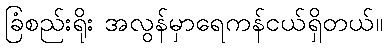
ခြံစည်းရိုး အလွန်မှာရေကန်ငယ်ရှိတယ်။